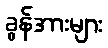
ခွန်အားများ